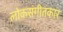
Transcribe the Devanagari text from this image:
लोकसंगीतकार